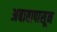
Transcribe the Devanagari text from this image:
अबाबापासून